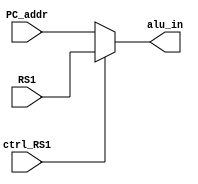
`timescale 1ns / 1ps
//////////////////////////////////////////////////////////////////////////////////
// Company: 
// Engineer: 
// 
// Design Name: 
// Module Name: mux_REG1
// Project Name: 
// Target Devices: 
// Tool Versions: 
// Description: 
// 
// Dependencies: 
// 
// Revision:
// Revision 0.01 - File Created
// Additional Comments:
// 
//////////////////////////////////////////////////////////////////////////////////


module mux_REG1(
input[31:0] PC_addr,
input[31:0] RS1,
input ctrl_RS1,

output [31:0] alu_in
    );
    
    reg [31:0] mux_o;
    assign alu_in = mux_o;
    always @(*) begin
        mux_o = (ctrl_RS1==0) ? PC_addr : RS1;
    end
endmodule